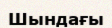
Шындағы